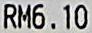
RM6.10